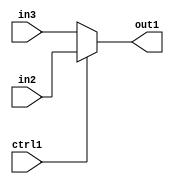
`timescale 1ps / 1ps
/*****************************************************************************
    Verilog RTL Description
    
    
    Created by: CellMath Designer 2019.1.01 
*******************************************************************************/

module bn_float32_N_Muxb_1_2_0_4 (
	in3,
	in2,
	ctrl1,
	out1
	); /* architecture "behavioural" */ 
input  in3,
	in2,
	ctrl1;
output  out1;
wire  asc001;

reg [0:0] asc001_tmp_0;
assign asc001 = asc001_tmp_0;
always @ (ctrl1 or in2 or in3) begin
	case (ctrl1)
		1'B1 : asc001_tmp_0 = in2 ;
		default : asc001_tmp_0 = in3 ;
	endcase
end

assign out1 = asc001;
endmodule

/* CADENCE  uLP5Tw8= : u9/ySgnWtBlWxVPRXgAZ4Og= ** DO NOT EDIT THIS LINE ******/